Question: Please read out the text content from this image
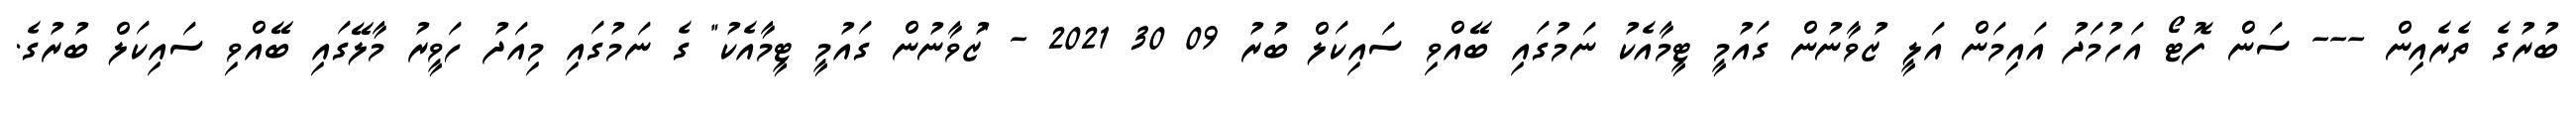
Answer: ބުރުގެ ތެރެއިން --- ސަން ފޮޓޯ އަހުމަދު އައިމަން އަލީ ޒުވާނުން ގައުމީ ޓީމާއެކު ނަމުގައި ބޭއްވި ސައިކަލް ބުރު 09 30 2021 - "ޒުވާނުން ގައުމީ ޓީމާއެކު" ގެ ނަމުގައި މިއަދު ހަވީރު މާލޭގައި ބޭއްވި ސައިކަލް ބުރުގެ.